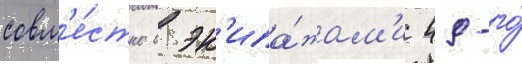
совм'е́стно с эк'ипа́жам'и 49-го́